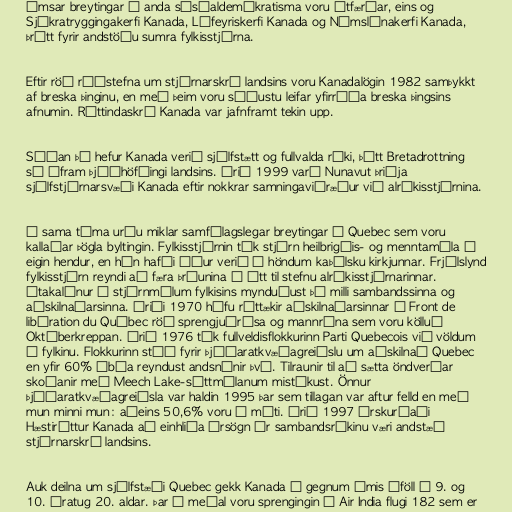
Ýmsar breytingar í anda sósíaldemókratisma voru útfærðar, eins og
Sjúkratryggingakerfi Kanada, Lífeyriskerfi Kanada og Námslánakerfi Kanada,
þrátt fyrir andstöðu sumra fylkisstjórna.

Eftir röð ráðstefna um stjórnarskrá landsins voru Kanadalögin 1982 samþykkt
af breska þinginu, en með þeim voru síðustu leifar yfirráða breska þingsins
afnumin. Réttindaskrá Kanada var jafnframt tekin upp.

Síðan þá hefur Kanada verið sjálfstætt og fullvalda ríki, þótt Bretadrottning
sé áfram þjóðhöfðingi landsins. Árið 1999 varð Nunavut þriðja
sjálfstjórnarsvæði Kanada eftir nokkrar samningaviðræður við alríkisstjórnina.

Á sama tíma urðu miklar samfélagslegar breytingar í Quebec sem voru
kallaðar Þögla byltingin. Fylkisstjórnin tók stjórn heilbrigðis- og menntamála í
eigin hendur, en hún hafði áður verið í höndum kaþólsku kirkjunnar. Frjálslynd
fylkisstjórn reyndi að færa þróunina í átt til stefnu alríkisstjórnarinnar.
Átakalínur í stjórnmálum fylkisins mynduðust þá milli sambandssinna og
aðskilnaðarsinna. Áriði 1970 hófu róttækir aðskilnaðarsinnar í Front de
libération du Québec röð sprengjuárása og mannrána sem voru kölluð
Októberkreppan. Árið 1976 tók fullveldisflokkurinn Parti Quebecois við völdum
í fylkinu. Flokkurinn stóð fyrir þjóðaratkvæðagreiðslu um aðskilnað Quebec
en yfir 60% íbúa reyndust andsnúnir því. Tilraunir til að sætta öndverðar
skoðanir með Meech Lake-sáttmálanum mistókust. Önnur
þjóðaratkvæðagreiðsla var haldin 1995 þar sem tillagan var aftur felld en með
mun minni mun: aðeins 50,6% voru á móti. Árið 1997 úrskurðaði
Hæstiréttur Kanada að einhliða úrsögn úr sambandsríkinu væri andstæð
stjórnarskrá landsins.

Auk deilna um sjálfstæði Quebec gekk Kanada í gegnum ýmis áföll á 9. og
10. áratug 20. aldar. Þar á meðal voru sprengingin í Air India flugi 182 sem er